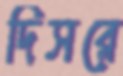
দিসরে